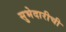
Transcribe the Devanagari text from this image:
सुभेदारीची